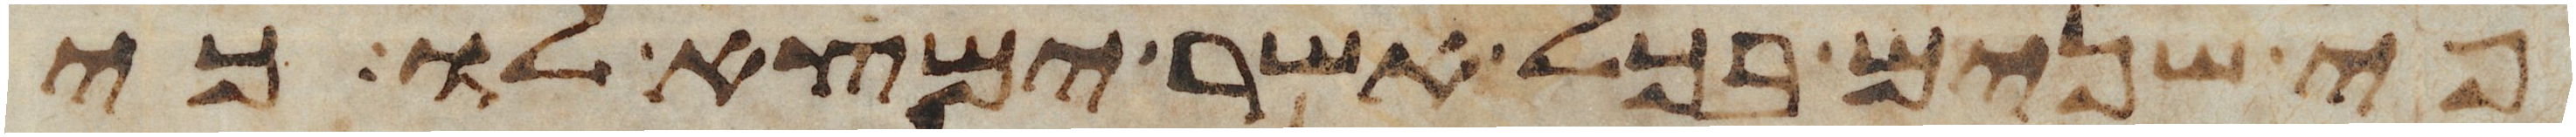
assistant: פי שנים בכל אשר ימצא לו כי